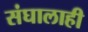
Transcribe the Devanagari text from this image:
संघालाही